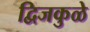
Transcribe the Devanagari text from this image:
द्विजकुळे